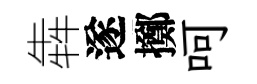
犇遂擲呵